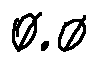
0 . 0